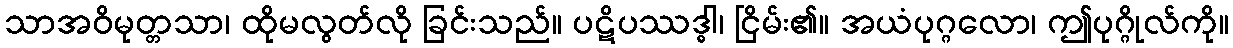
သာအဝိမုတ္တသာ၊ ထိုမလွတ်လို ခြင်းသည်။ ပဋိပဿဒ္ဓါ၊ ငြိမ်း၏။ အယံပုဂ္ဂလော၊ ဤပုဂ္ဂိုလ်ကို။